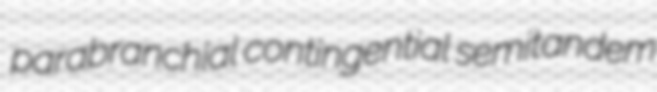
parabranchial contingential semitandem